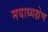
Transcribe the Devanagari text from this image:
मयाध्यक्षेण